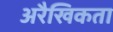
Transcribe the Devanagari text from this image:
अरैखिकता